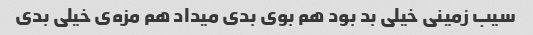
سیب زمینی خیلی بد بود هم بوی بدی میداد هم مزه‌ی خیلی بدی